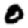
Digit: 0